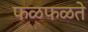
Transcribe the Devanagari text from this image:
फळफळते